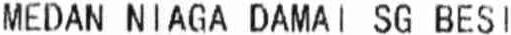
MEDAN NIAGA DAMAI SG BESI